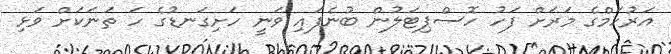
އަރުހަމްގެ މަރަށް ފަހު ހޮސްޕިޓަލުން ބުނެފައި ވަނީ ހަށިގަނޑުގެ ހަ ތަނަކަށް ވަޅި